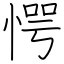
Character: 愕